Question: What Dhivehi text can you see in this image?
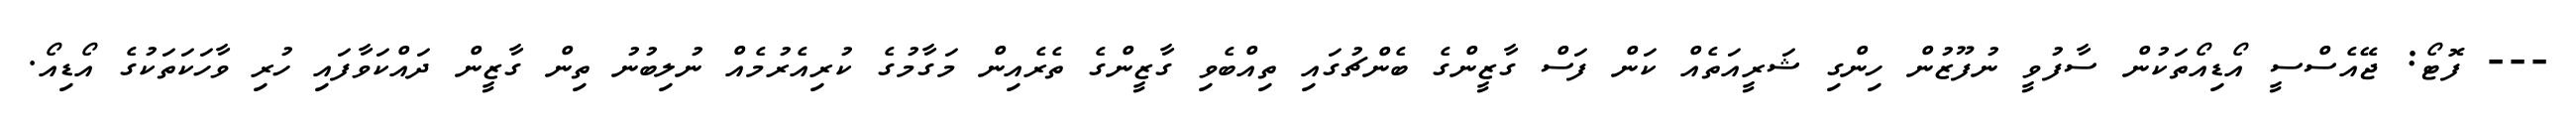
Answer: --- ފޮޓޯ: ޖޭއެސްސީ އޯޑިއޯތަކުން ސާފުވީ ނުފޫޒުން ހިންގި ޝަރީއަތެއް ކަން ފަސް ގާޒީންގެ ބެންޗުގައި ތިއްބެވި ގާޒީންގެ ތެރެއިން މަގާމުގެ ކުރިއެރުމެއް ނުލިބުނު ތިން ގާޒީން ދައްކަވާފައި ހުރި ވާހަކަތަކުގެ އޯޑިއޯ.